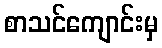
စာသင်ကျောင်းမှ